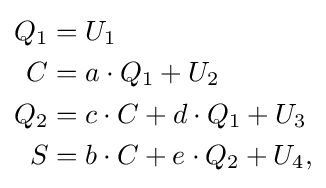
{\begin{aligned}Q_{1}&=U_{1}\\C&=a\cdot Q_{1}+U_{2}\\Q_{2}&=c\cdot C+d\cdot Q_{1}+U_{3}\\S&=b\cdot C+e\cdot Q_{2}+U_{4},\end{aligned}}